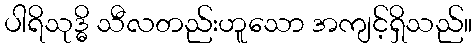
ပါရိသုဒ္ဓိ သီလတည်းဟူသော အကျင့်ရှိသည်။